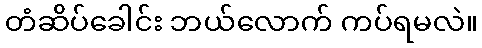
တံဆိပ်ခေါင်း ဘယ်လောက် ကပ်ရမလဲ။